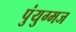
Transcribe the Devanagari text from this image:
पुंयुग्मज